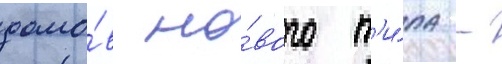
домо́в но́вого т'и́па -